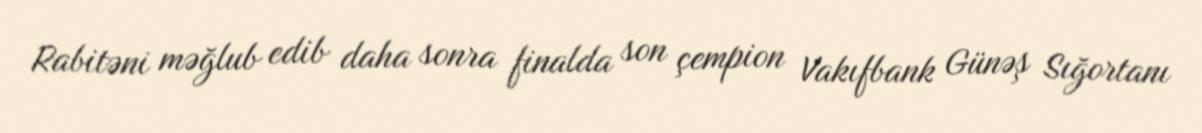
Rabitəni məğlub edib daha sonra finalda son çempion Vakıfbank Günəş Sığortanı